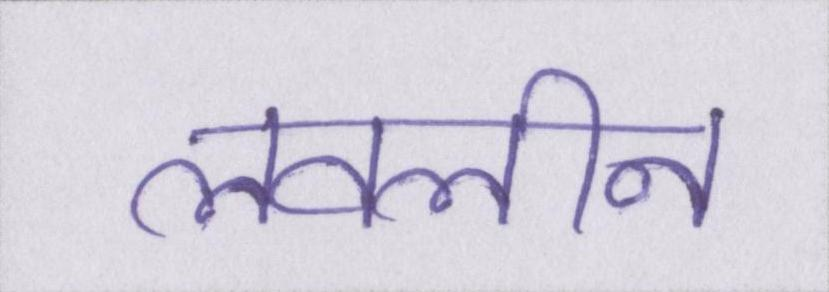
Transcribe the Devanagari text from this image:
लवलीन